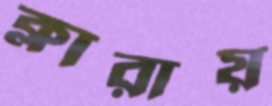
ক্লারায়